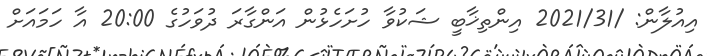
އިއުލާން: /2021/31 އިންތިޚާބީ ޝަކުވާ ހުށަހެޅުން އަންގާރަ ދުވަހުގެ 20:00 އާ ހަމައަށް